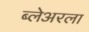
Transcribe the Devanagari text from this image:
ब्लेअरला